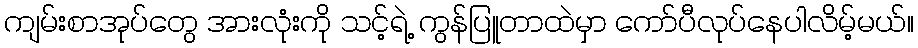
ကျမ်းစာအုပ်တွေ အားလုံးကို သင့်ရဲ့ ကွန်ပြူတာထဲမှာ ကော်ပီလုပ်နေပါလိမ့်မယ်။